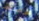
فرصتكم